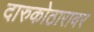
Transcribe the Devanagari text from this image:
दारुकोठारावर